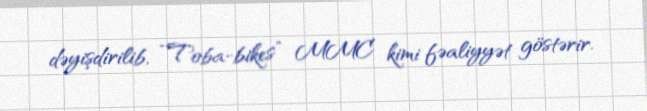
dəyişdirilib, “Toba-bikes” MMC kimi fəaliyyət göstərir.